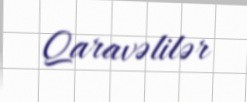
Qaravəlilər